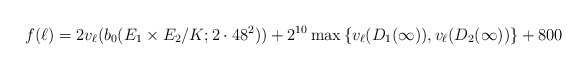
\begin{align*}f(\ell)=2v_\ell(b_0(E_1 \times E_2/K;2\cdot 48^2))+2^{10} \max\left\{v_\ell(D_1(\infty)),v_\ell(D_2(\infty)) \right\}+800\end{align*}